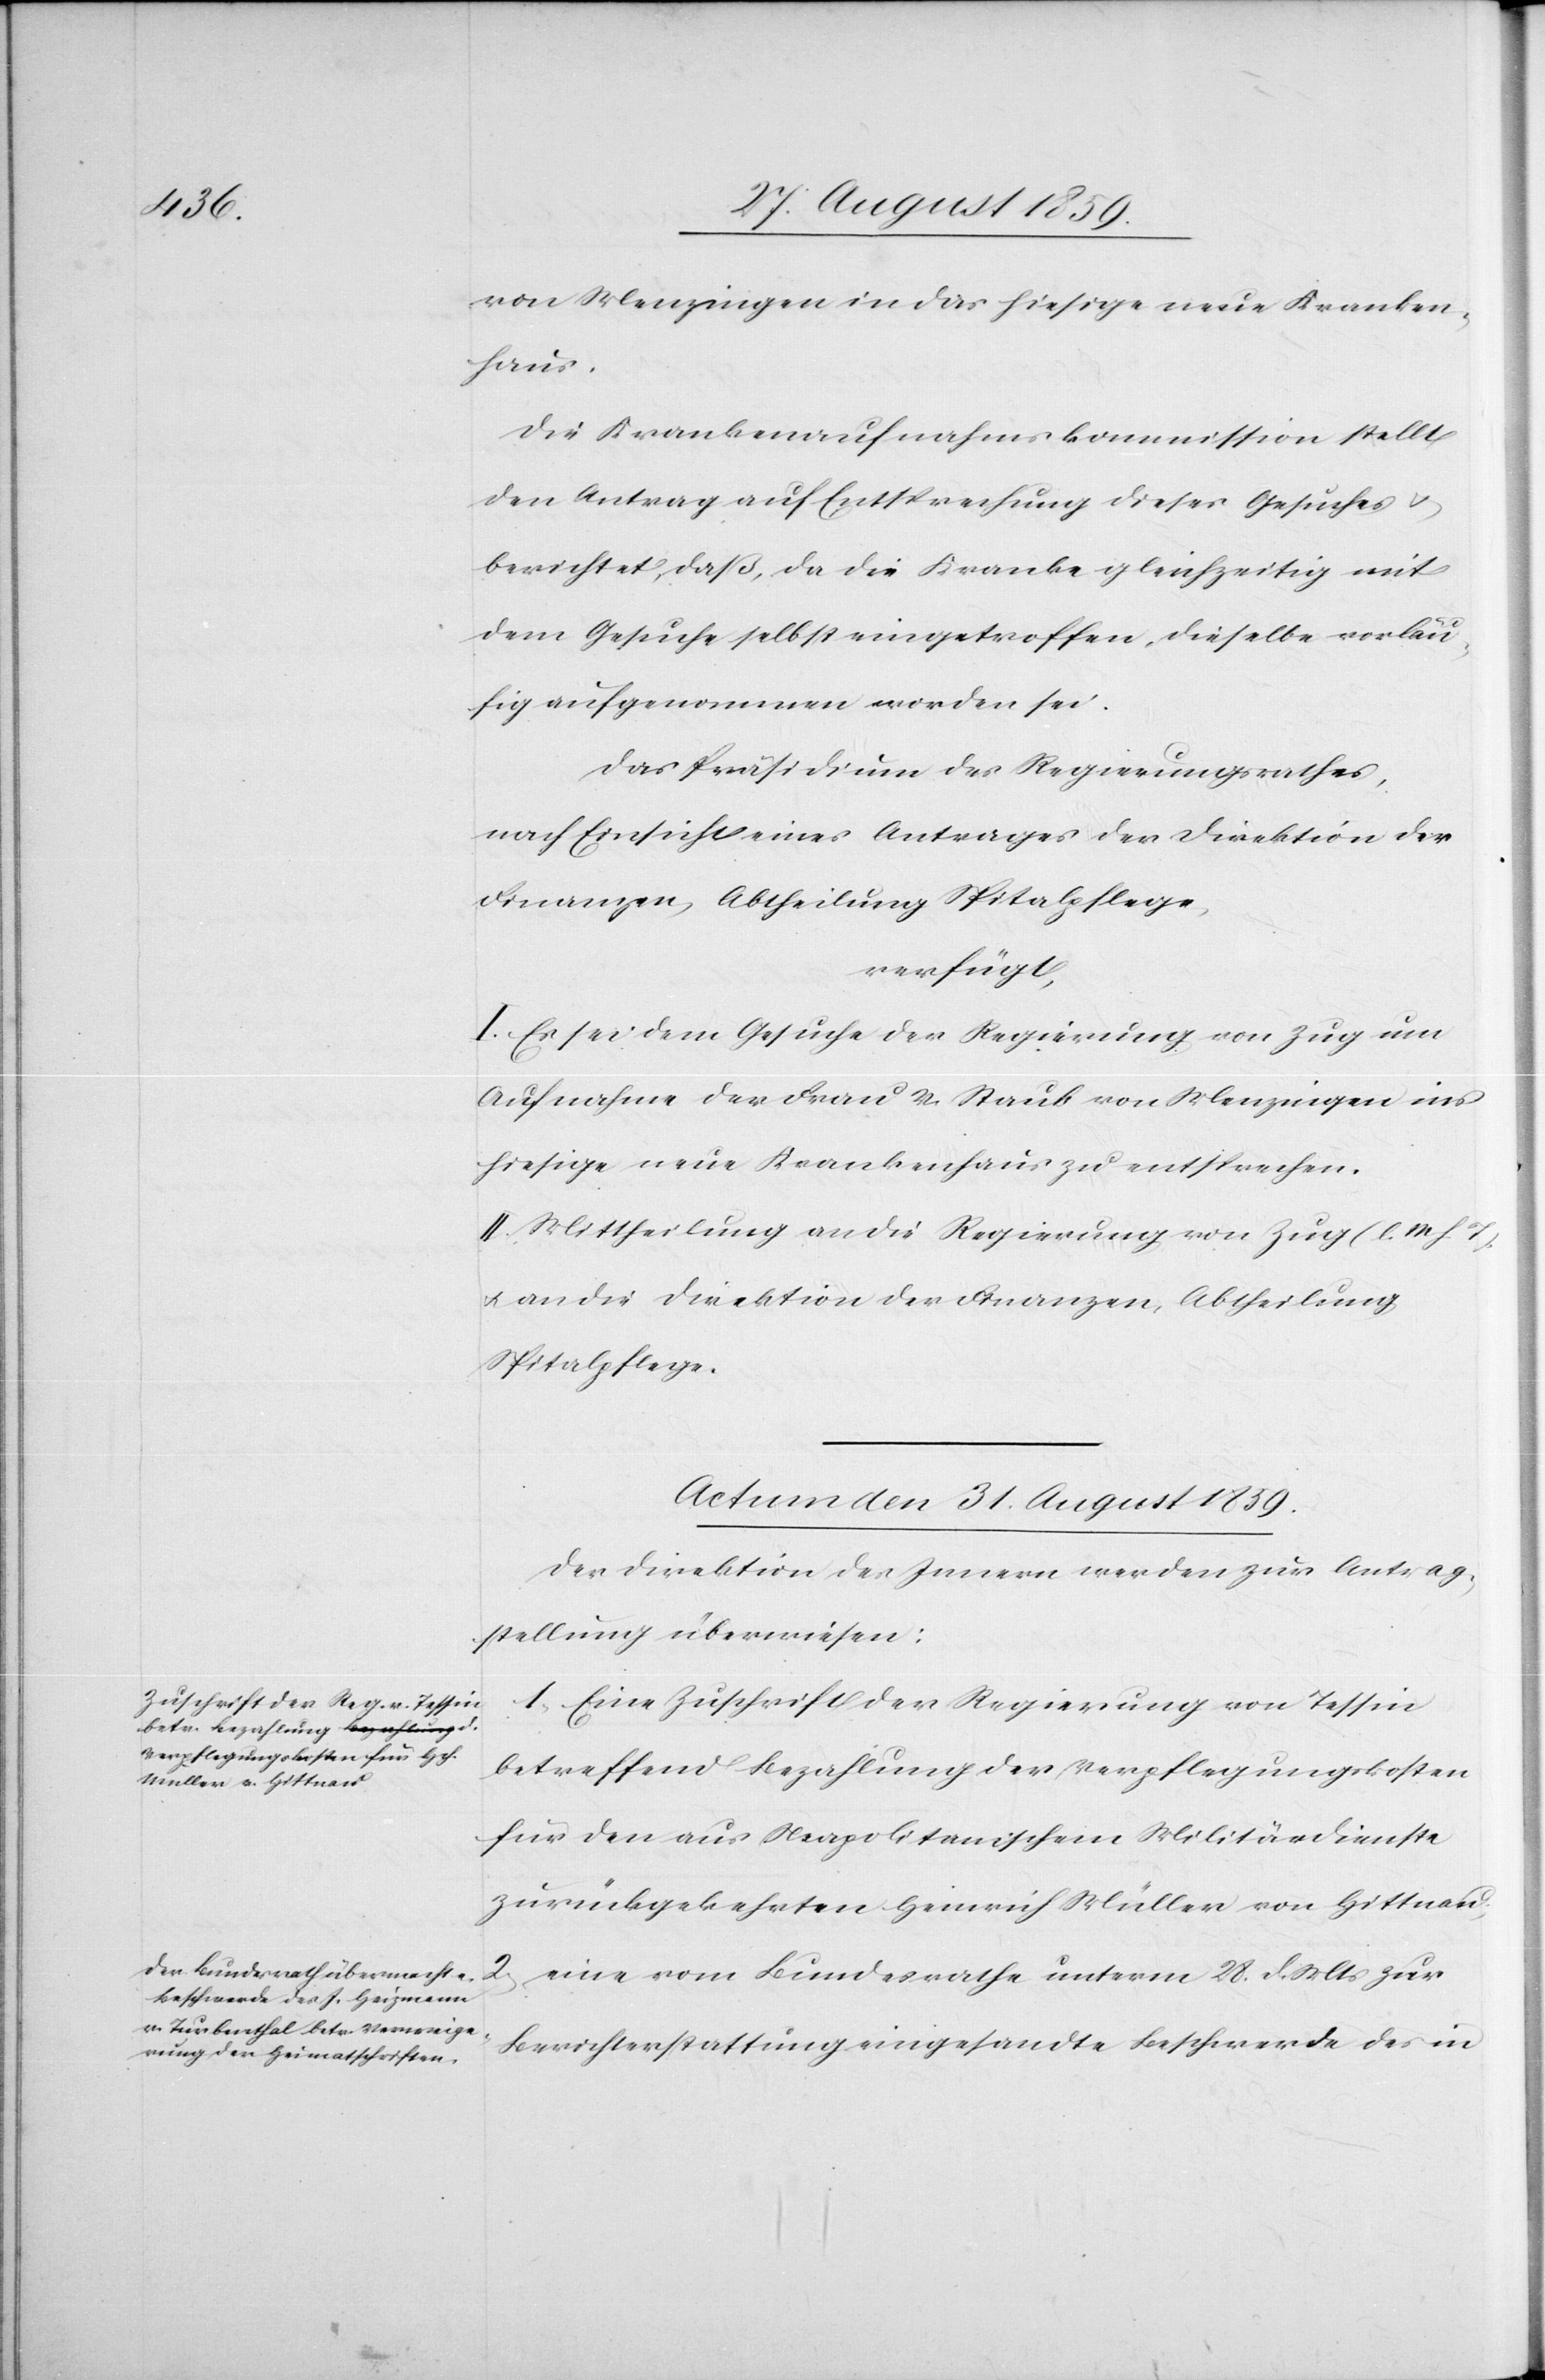
2.

von Menzingen in das hiesige neue Kranken¬
haus.
Die Krankenaufnahmskommission stellt
den Antrag auf Entsprechung dieses Gesuches &
berichtet, daß, da die Kranke gleichzeitig mit
dem Gesuche selbst eingetroffen, dieselbe vorläu¬
fig aufgenommen worden sei.
Das Präsidium des Regierungsrathes,
nach Einsicht eines Antrages der Direktion der
Finanzen, Abtheilung Spitalpflege,
verfügt,
I. Es sei dem Gesuche der Regierung von Zug um
Aufnahme der Frau V. Staub von Menzingen ins
hiesige neue Krankenhaus zu entsprechen.
II. Mittheilung an die Regierung von Zug (l. M. h. T.)
& an die Direktion der Finanzen, Abtheilung
Spitalpflege.
Actum den 31. August 1859.]
Der Direktion des Innern werden zur Antrag¬
stellung überwiesen:
1. Eine Zuschrift der Regierung von Tessin
betreffend Bezahlung der Verpflegungskosten
für den aus Neapolitanischen Militärdienste
zurückgekehrten Heinrich Müller von Hittnau;
eine vom Bundesrathe unterm 28. d. Mts. zur
Berichterstattung eingesandte Beschwerde des in